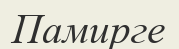
Памирге